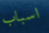
اسباب